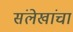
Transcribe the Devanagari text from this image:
संलेखांचा